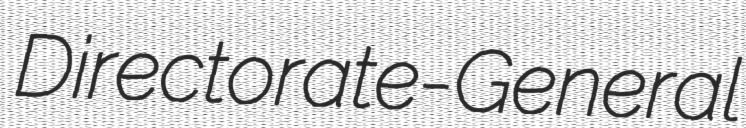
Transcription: Directorate-General